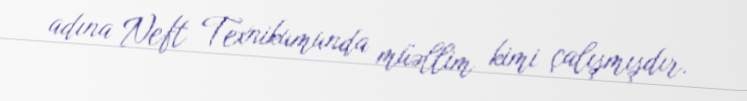
adına Neft Texnikumunda müəllim kimi çalışmışdır.